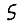
Digit: 5